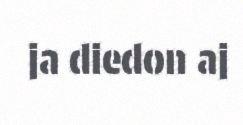
ja diedon aj